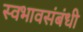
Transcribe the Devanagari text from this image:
स्वभावसंबंधी